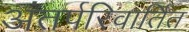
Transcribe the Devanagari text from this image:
अंतर्परिवार्तित